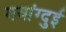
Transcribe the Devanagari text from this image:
मवांग्दुई